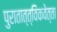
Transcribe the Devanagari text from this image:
पुरातात्त्विकवेत्ता